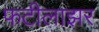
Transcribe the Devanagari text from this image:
फटीलाझर